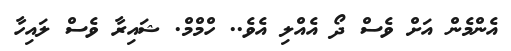
އެންމެން އަށް ވެސް ދޯ އެއްލި އެވެ.. ހްމްމް. ޝައިރާ ވެސް ލައިހާ